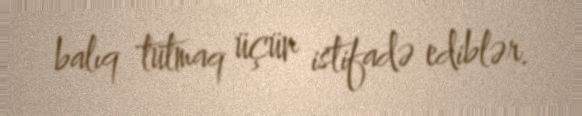
balıq tutmaq üçün istifadə ediblər.